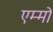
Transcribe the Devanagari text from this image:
एम्मो